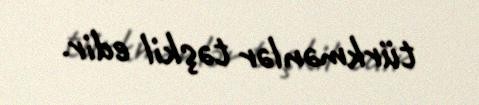
türkmənlər təşkil edir.